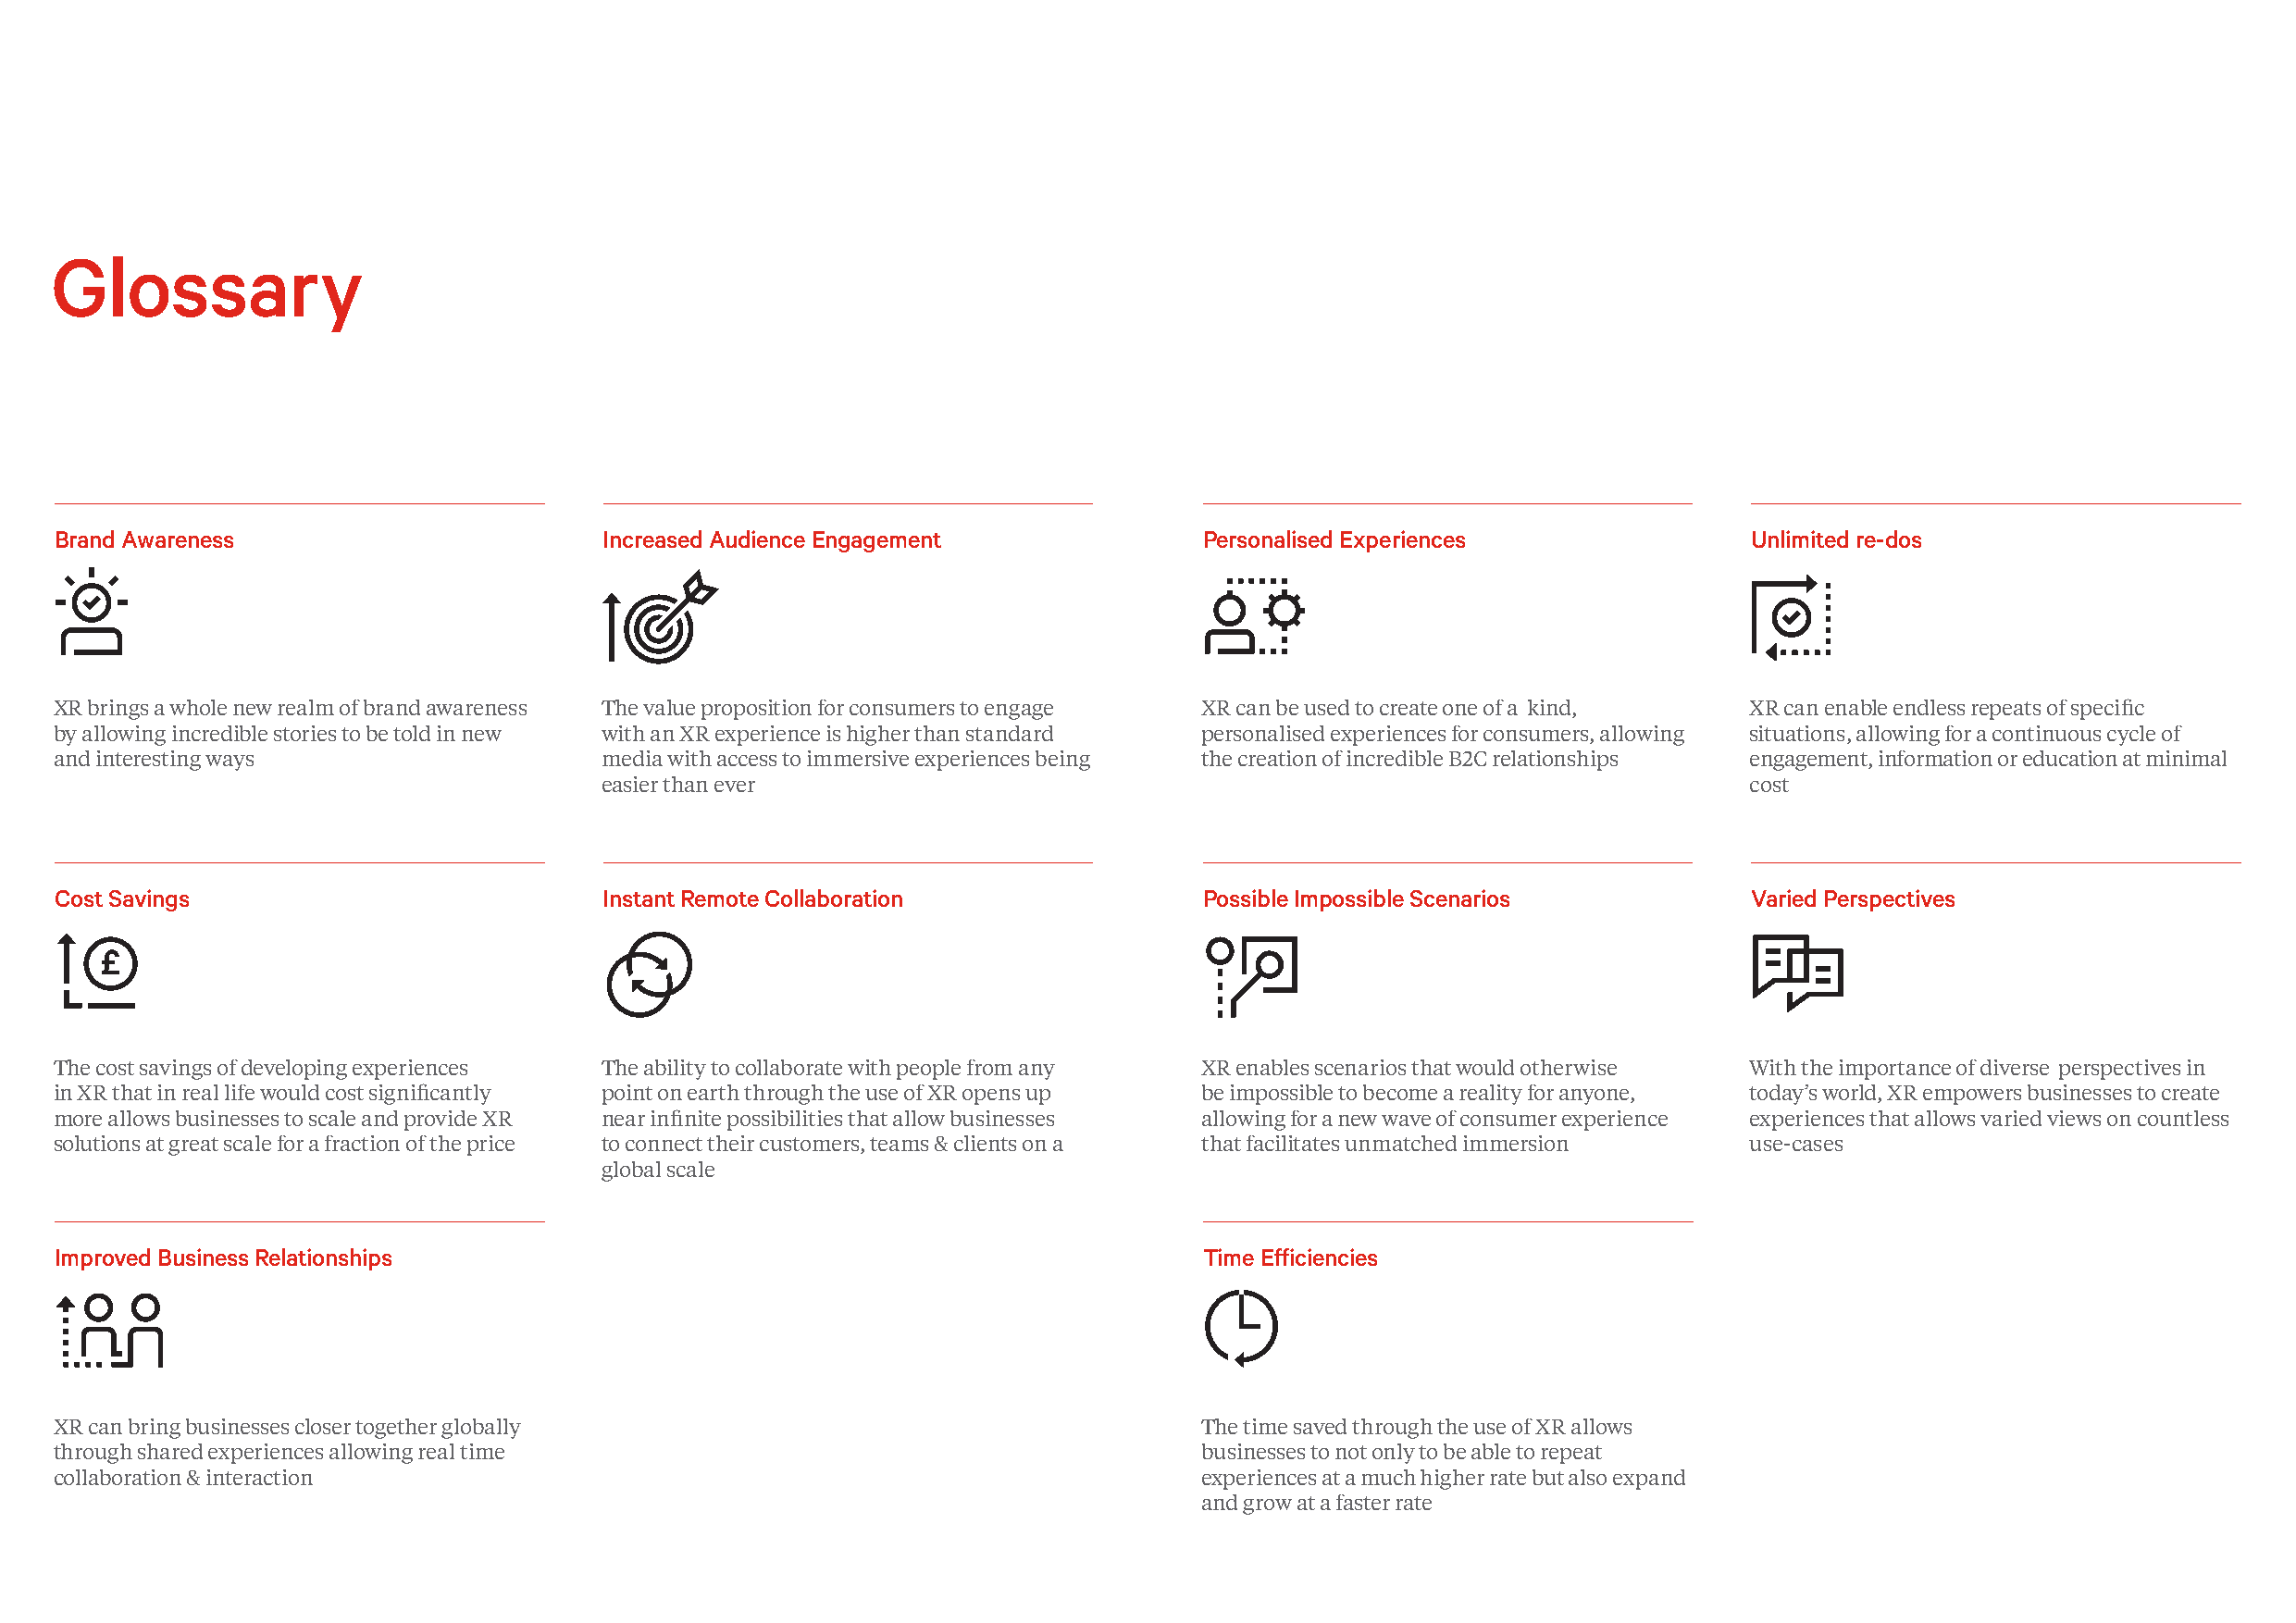
Glossary
 Brand Awareness                        Increased Audience Engagement              Personalised Experiences               Unlimited re-dos
 XR brings a whole new realm of brand awareness The value proposition for consumers to engage XR can be used to create one of a kind, XR can enable endless repeats of specific
 by allowing incredible stories to be told in new with an XR experience is higher than standard personalised experiences for consumers, allowing situations, allowing for a continuous cycle of
 and interesting ways                   media with access to immersive experiences being the creation of incredible B2C relationships engagement, information or education at minimal
 easier than ever                                                                  cost
 Cost Savings                           Instant Remote Collaboration               Possible Impossible Scenarios          Varied Perspectives
 The cost savings of developing experiences The ability to collaborate with people from any XR enables scenarios that would otherwise With the importance of diverse perspectives in
 in XR that in real life would cost significantly point on earth through the use of XR opens up be impossible to become a reality for anyone, today’s world, XR empowers businesses to create
 more allows businesses to scale and provide XR near infinite possibilities that allow businesses allowing for a new wave of consumer experience experiences that allows varied views on countless
 solutions at great scale for a fraction of the price to connect their customers, teams & clients on a that facilitates unmatched immersion use-cases
 global scale
 Improved Business Relationships                                                   Time Efficiencies
 XR can bring businesses closer together globally                                  The time saved through the use of XR allows
 through shared experiences allowing real time                                     businesses to not only to be able to repeat
 collaboration & interaction                                                       experiences at a much higher rate but also expand
 and grow at a faster rate